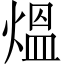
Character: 熅